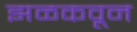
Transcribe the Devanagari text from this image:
झळकवून